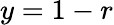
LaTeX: y=1-r